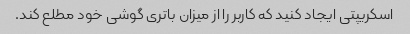
اسکریپتی ایجاد کنید که کاربر را از میزان باتری گوشی خود مطلع کند.